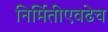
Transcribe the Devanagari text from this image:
निर्मितीएवढेच